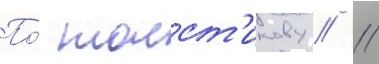
По́ толст'икову // 11